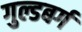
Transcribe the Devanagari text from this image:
गुल्डबर्ग